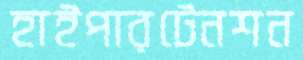
হাইপারটেনশন